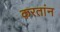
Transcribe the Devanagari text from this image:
करतांन